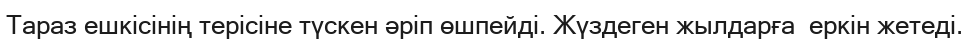
Тараз ешкісінің терісіне түскен әріп өшпейді. Жүздеген жылдарға  еркін жетеді.